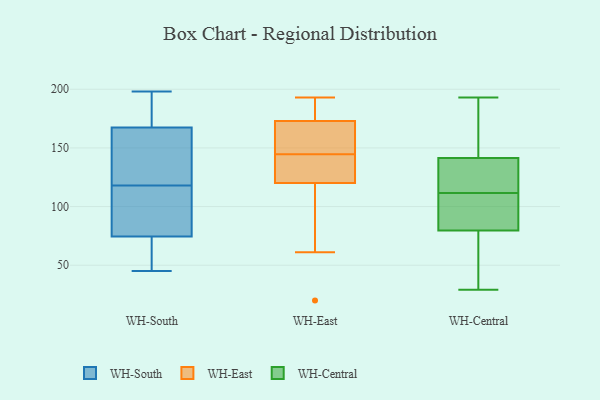
{"axis": {"x": "Demand Index", "y": "Value"}, "legend": ["WH-Central", "WH-East", "WH-South"], "data": [{"x": "", "y": 152, "type": "WH-South"}, {"x": "", "y": 86, "type": "WH-South"}, {"x": "", "y": 175, "type": "WH-South"}, {"x": "", "y": 138, "type": "WH-South"}, {"x": "", "y": 118, "type": "WH-South"}, {"x": "", "y": 57, "type": "WH-South"}, {"x": "", "y": 172, "type": "WH-South"}, {"x": "", "y": 87, "type": "WH-South"}, {"x": "", "y": 45, "type": "WH-South"}, {"x": "", "y": 58, "type": "WH-South"}, {"x": "", "y": 126, "type": "WH-South"}, {"x": "", "y": 197, "type": "WH-South"}, {"x": "", "y": 80, "type": "WH-South"}, {"x": "", "y": 166, "type": "WH-South"}, {"x": "", "y": 198, "type": "WH-South"}, {"x": "", "y": 55, "type": "WH-South"}, {"x": "", "y": 104, "type": "WH-South"}, {"x": "", "y": 138, "type": "WH-East"}, {"x": "", "y": 153, "type": "WH-East"}, {"x": "", "y": 188, "type": "WH-East"}, {"x": "", "y": 127, "type": "WH-East"}, {"x": "", "y": 120, "type": "WH-East"}, {"x": "", "y": 61, "type": "WH-East"}, {"x": "", "y": 151, "type": "WH-East"}, {"x": "", "y": 193, "type": "WH-East"}, {"x": "", "y": 20, "type": "WH-East"}, {"x": "", "y": 173, "type": "WH-East"}, {"x": "", "y": 29, "type": "WH-Central"}, {"x": "", "y": 115, "type": "WH-Central"}, {"x": "", "y": 136, "type": "WH-Central"}, {"x": "", "y": 83, "type": "WH-Central"}, {"x": "", "y": 185, "type": "WH-Central"}, {"x": "", "y": 131, "type": "WH-Central"}, {"x": "", "y": 70, "type": "WH-Central"}, {"x": "", "y": 108, "type": "WH-Central"}, {"x": "", "y": 48, "type": "WH-Central"}, {"x": "", "y": 121, "type": "WH-Central"}, {"x": "", "y": 92, "type": "WH-Central"}, {"x": "", "y": 171, "type": "WH-Central"}, {"x": "", "y": 193, "type": "WH-Central"}, {"x": "", "y": 143, "type": "WH-Central"}, {"x": "", "y": 108, "type": "WH-Central"}, {"x": "", "y": 76, "type": "WH-Central"}, {"x": "", "y": 31, "type": "WH-Central"}, {"x": "", "y": 106, "type": "WH-Central"}, {"x": "", "y": 146, "type": "WH-Central"}, {"x": "", "y": 140, "type": "WH-Central"}]}